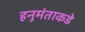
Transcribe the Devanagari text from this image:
हनुमंताकडे